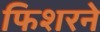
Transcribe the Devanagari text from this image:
फिशरने